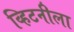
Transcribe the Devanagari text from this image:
व्हिटनीला